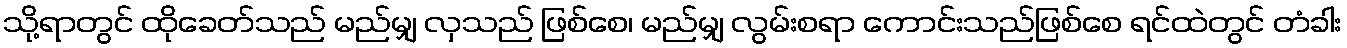
သို့ရာတွင် ထိုခေတ်သည် မည်မျှ လှသည် ဖြစ်စေ၊ မည်မျှ လွမ်းစရာ ကောင်းသည်ဖြစ်စေ ရင်ထဲတွင် တံခါး